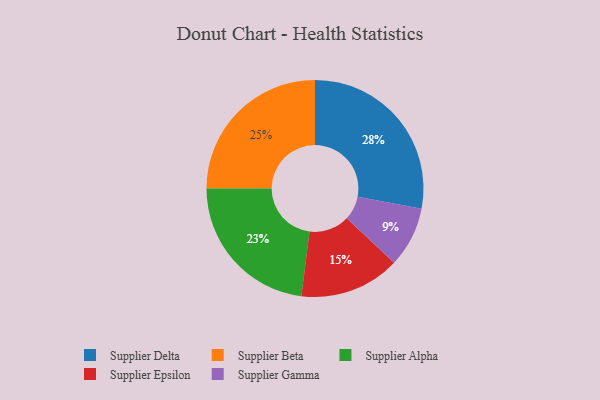
{"axis": {"x": "Category", "y": "Percentage"}, "legend": ["Supplier Alpha", "Supplier Beta", "Supplier Delta", "Supplier Epsilon", "Supplier Gamma"], "data": [{"x": "Supplier Delta", "y": 28, "type": "Supplier Delta"}, {"x": "Supplier Gamma", "y": 9, "type": "Supplier Gamma"}, {"x": "Supplier Alpha", "y": 23, "type": "Supplier Alpha"}, {"x": "Supplier Epsilon", "y": 15, "type": "Supplier Epsilon"}, {"x": "Supplier Beta", "y": 25, "type": "Supplier Beta"}]}